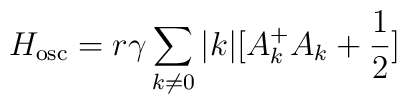
H_{\rm osc}=r{\gamma} \sum_{k{\neq}0} |k| [ A_k^{+}A_{k} +\frac{1}{2}]